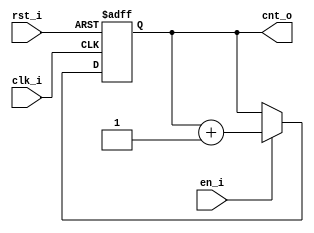
// Name: .v
//
// Description: 

module mod_m_counter #(
  parameter Width  = 4
) ( 
  input              clk_i,
  input              rst_i,
  input              en_i,
  output [Width-1:0] cnt_o
);

  reg  [Width-1:0] reg_q;
  wire [Width-1:0] reg_d;
  
  always @(posedge clk_i, posedge rst_i) begin
    if (rst_i) 
      reg_q <= 0;
    else if (en_i)
      reg_q <= reg_d;
  end
  
  assign reg_d = reg_q + 1;
  assign cnt_o = reg_q;
  
endmodule